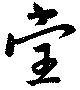
堂